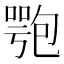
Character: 𠤁